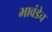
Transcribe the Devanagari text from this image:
भावंडेच